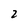
Character: 2